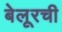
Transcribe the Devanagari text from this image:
बेलूरची